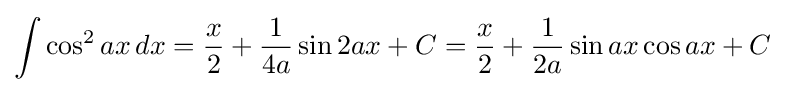
\int \cos ^{2}{ax}\,dx={\frac {x}{2}}+{\frac {1}{4a}}\sin 2ax+C={\frac {x}{2}}+{\frac {1}{2a}}\sin ax\cos ax+C